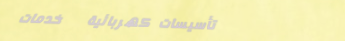
تأسيسات كهربائية   خدمات